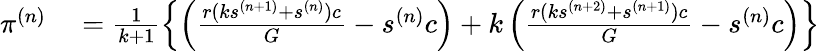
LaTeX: \begin{array}{rl}{\pi^{(n)}}&{{}=\frac{1}{k+1}\left\{ \left(\frac{r(ks^{(n+1)}+s^{(n)})c}{G}-s^{(n)}c\right)+k\left(\frac{r(ks^{(n+2)}+s^{(n+1)})c}{G}-s^{(n)}c\right)\right\} }\end{array}